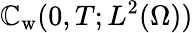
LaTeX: \mathbb{C}_{\mathrm{w}}(0,T;L^{2}(\Omega))